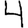
Digit: 4